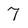
Character: 7